Scientific memoirs by medical officers of the Army of India - Part XI,
Year: 1898
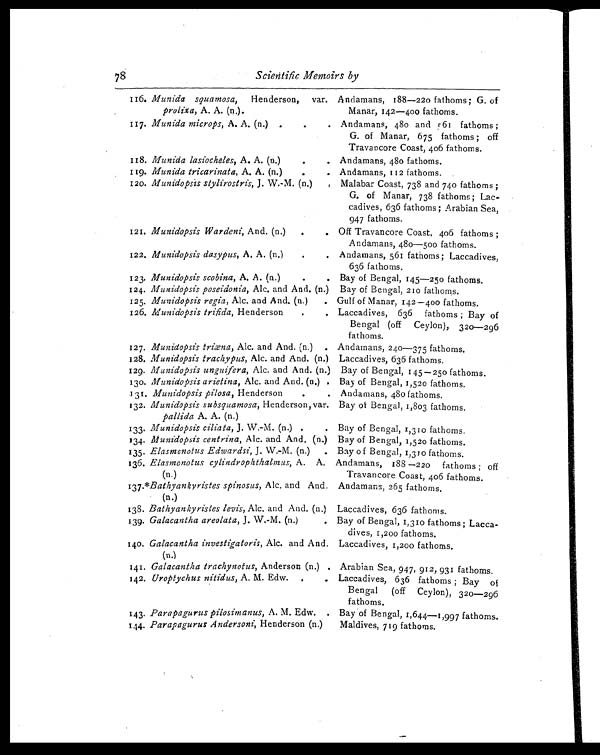
78¶ S c i e n t i f i c M e m o i r s b y
116. Munida squamosa, Henderson, var.
prolixa, A. A. (n.).
Andamans, 188-220 fathoms; G. of
Manar, 142-400 fathoms.
117. Munida mic.rops, A. A. (n.) .
•
. Andamans, 48o and 561 fathoms ;
G. of Manar, 675 fathoms ; off
Travancore Coast, 406 fathoms.
118. Munida lasiocheles, A. A, (n.)
•
. Andamans, 480 fathoms.
119. Munida tricarinata, A. A. (n.)
•
. Andamans, 112 fathoms.
120. Munidopsis stylirostris, J. W.-M. (n.)
Malabar Coast, 738 and 740 fathoms ;
G. of Manar,738 fathoms ; Lac-
cadives, 636 fathoms ; Arabian Sea,
947 fathoms.
121. Munidopsis Wardeni, And. (n.)
.
. Off Travancore Coast, 406 fathoms ;
Andamans, 48o-500 fathoms.
122. Munidopsis dasypus, A. A. (n,)
.
. Andamans, 561 fathoms; Laccadives,
636 fathoms.
123. Munidopsis scobina, A. A. (n.)
. Bay of Bengal, 145-25o fathoms.
124. Munidopsis poseidonia, Alc. and And. (n.) Bay of Bengal, 210 fathoms.
125. Munidopsis regia, Alc. and And. (n.)
Gulf of Manar, 142-400 fathoms.
126. Munidopsis trifida, Henderson
.
. Laccadives, 636 fathoms ; Bay of
Bengal (off Ceylon), 320-296
fathoms.
127. Munidopsis triæna, Alc. and And. (n.) . Andamans, 240-375 fathoms.
128. Munidopsis trachypus, Alc. and And. (n.) Laccadives, 636 fathoms.
129. Munidopsis unguifera, Alc. and And. (n.) Bay of Bengal, 145 — 250 fathoms.
130. Munidopsis arietina, Alc. and And. (n.) . Bay of Bengal, 1,520 fathoms.
.131. Munidopsis pilosa, Henderson
.
. Andamans, 480 fathoms.
132. Munidopsis subsquamosa, Henderson, var.
pallida A. A. (n.)
Bay of Bengal, 1,803 fathoms.
133. Munidopsis ciliata, J. W.-M. (n.) .
. Bay of Bengal, 1,310 fathoms.
134 Munidopsis centrina, Alc. and And, (n.) Bay of Bengal, 1,520 fathoms.
135. Elasmanotus Edwardsi, J. W.-M. (n.) . Bay o f Bengal, 1,31 0 fathoms.
136. Elasmonotus cylindrophthalmus, A. A.
(n.)
Andamans, 188 —220 fathoms ;off
Travancore Coast, 406 fathoms.
137.*Bathyankyristes spinosus, Alc. and And.
(n.)
Andamans, 265 fathoms.
138. Bathyankyristes levis, Alc, and And. (n.) Laccadives, 636 fathoms.
139. Galacantha areolata, J. W.-M. (n.)
. Bay of Bengal, 1,310 fathoms ; Lacca•
dives, 1,200 fathoms.
140. Galacantha investigatoris, Alc. and And.
(n.)
Laccadives, 1,200 fathoms.
141. Galacantha trachynotus, Anderson (n.) . Arabian Sea, 947, 912, 931 fathoms.
142.Uroptychus nitidus, A. M. Edw. ,
Laccadives, 636 fathoms ; Bay o
f Bengal (off Ceylon), 32o—29C
fathoms.
143. Parapagurus pilosimanus, A. M. Edw. . Bay of Bengal, 1,644-1,997 fathoms
144. Parapagurus Andersoni, Henderson (n.)
Maldives, 719 fathoms.